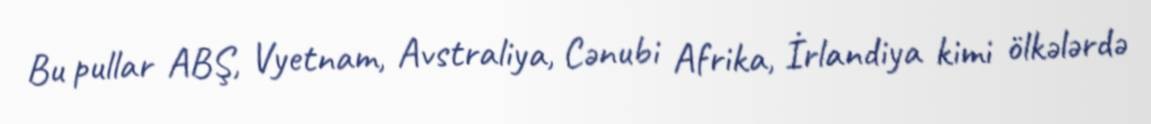
Bu pullar ABŞ, Vyetnam, Avstraliya, Cənubi Afrika, İrlandiya kimi ölkələrdə